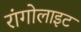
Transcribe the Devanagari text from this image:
रांगोलाइट